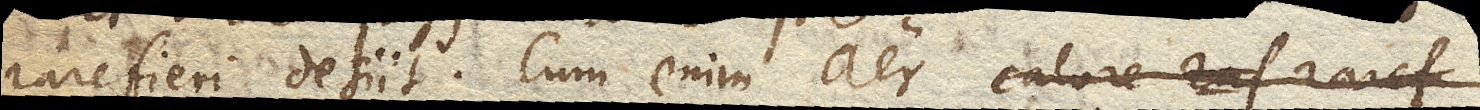
rarefieri desiit. Cum enim aer